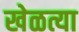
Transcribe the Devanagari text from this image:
खेळत्या